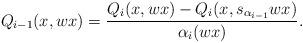
LaTeX: \begin{align*}Q_{i-1}(x, wx) = \frac{Q_i(x, wx) - Q_i(x, s_{\alpha_{i-1}}wx)}{\alpha_i(wx)}.\end{align*}